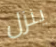
ينزل